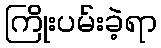
ကြိုးပမ်းခဲ့ရာ